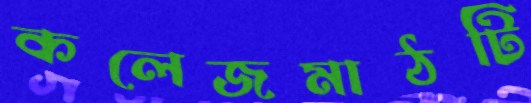
কলেজমাঠটি